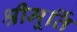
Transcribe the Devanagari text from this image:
श्रीमूर्ति